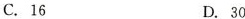
C. 16 D. 30